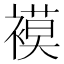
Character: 𮖪